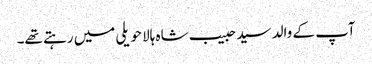
آپ کے والد سید حبیب شاہ ہالا حویلی میں رہتے تھے۔